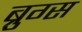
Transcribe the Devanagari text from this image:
ब्रुग्स